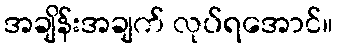
အချိန်းအချက် လုပ်ရအောင်။